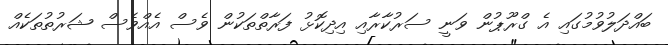
ބައްދަލުވުމުގައި އެ ގްރޫޕުން ވަނީ ސަރުކާރާއި އިދިކޮޅު ފަރާތްތަކުން ވެސް އެއްވެސް ޝަރުތުތަކެއް